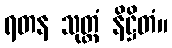
ရတန သုတ္တံ နိဋ္ဌိတံ။